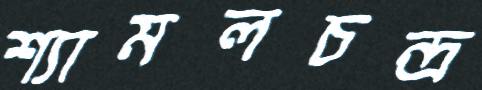
শ্যামলচন্দ্র